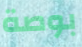
بوصة